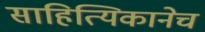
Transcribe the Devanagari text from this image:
साहित्यिकानेच